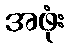
အဖုံး